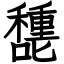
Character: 㘒